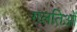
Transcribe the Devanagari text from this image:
गलतिओं